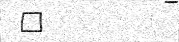
٧